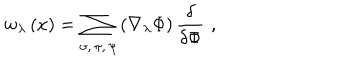
w _ { \lambda } \left( x \right) = \sum _ { \sigma , \, \pi , \, \psi } \left( \nabla _ { \lambda } \Phi \right) \frac \delta { \delta \Phi } \, \, ,